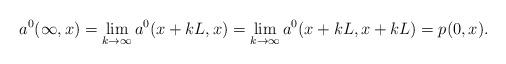
LaTeX: \begin{align*} a^0(\infty,x)=\lim_{k\to\infty}a^0(x+kL,x)=\lim_{k\to\infty} a^0(x+kL, x+kL)= p(0,x). \end{align*}